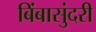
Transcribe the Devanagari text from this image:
बिंबासुंदरी